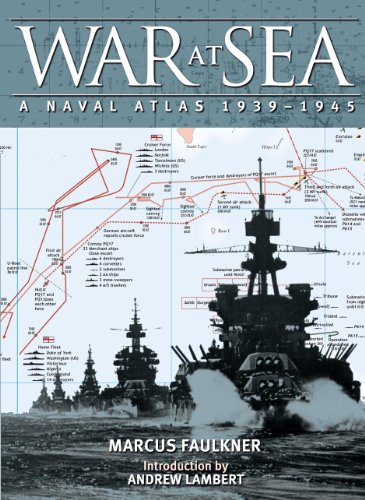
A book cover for War at Sea: A Naval Atlas, 1939-1945; Marcus Faulkner; History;